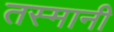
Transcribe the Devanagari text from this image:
तस्मानी